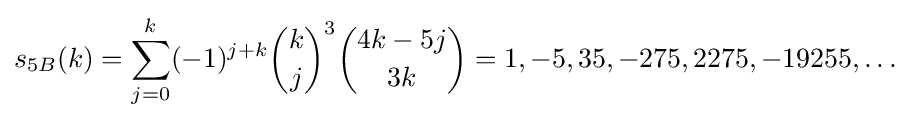
s_{5B}(k)=\sum _{j=0}^{k}(-1)^{j+k}{\binom {k}{j}}^{3}{\binom {4k-5j}{3k}}=1,-5,35,-275,2275,-19255,\ldots